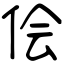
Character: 侩